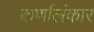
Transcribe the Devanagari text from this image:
कर्णालंकार